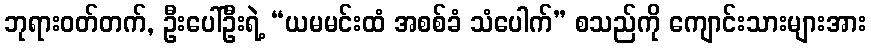
ဘုရားဝတ်တက်, ဦးပေါ်ဦးရဲ့ “ယမမင်းထံ အစစ်ခံ သံပေါက်” စသည်ကို ကျောင်းသားများအား